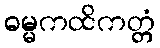
ဓမ္မကထိကတ္တံ